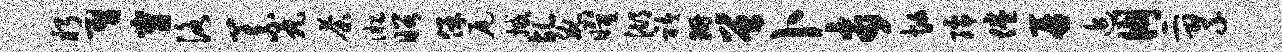
朽习甯洛义丸荼淞昭保尾撼乩腕曜湖衿珊曾卜市忙孺倦再追朋二翠